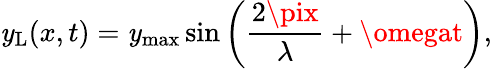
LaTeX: \mathit{y}_{\mathrm{{L}}}(x,t)=\mathit{y}_{\mathrm{{max}}}\sin\left({\frac{{2\pix}}{{\lambda}}}+\omegat\right),